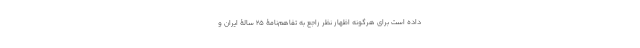
داده است برای هر‌گونه اظهار نظر راجع به تفاهم‌نامۀ 25 سالۀ ایران و